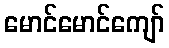
မောင်မောင်ကျော်